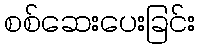
စစ်ဆေးပေးခြင်း